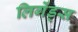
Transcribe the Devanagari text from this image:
लिगेंड्स